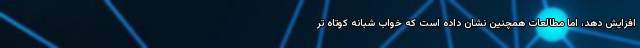
افزایش دهد، اما مطالعات همچنین نشان داده است که خواب شبانه کوتاه تر